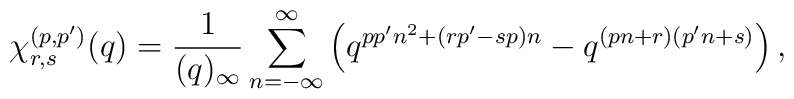
\chi^{(p,p')}_{r,s} (q)= \frac{1}{(q)_{\infty}}\sum_{n=-\infty}^{\infty}\left( q^{pp'n^2 +(rp'-sp)n} - q^{(pn+r)(p'n+s)} \right),